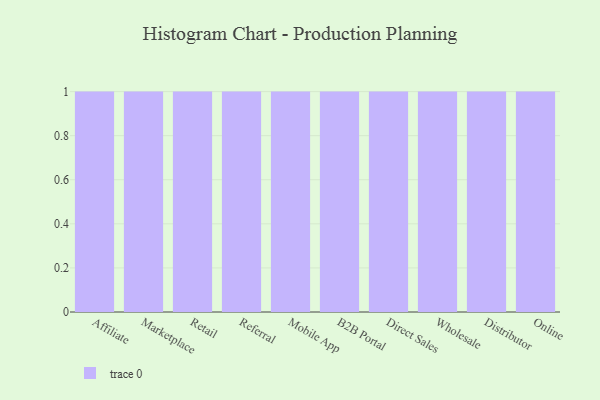
{"axis": {"x": "Channel", "y": "Satisfaction Score"}, "legend": [""], "data": [{"x": "Affiliate", "y": 96, "type": ""}, {"x": "Marketplace", "y": 26, "type": ""}, {"x": "Retail", "y": 11, "type": ""}, {"x": "Referral", "y": 68, "type": ""}, {"x": "Mobile App", "y": 16, "type": ""}, {"x": "B2B Portal", "y": 1, "type": ""}, {"x": "Direct Sales", "y": 5, "type": ""}, {"x": "Wholesale", "y": 49, "type": ""}, {"x": "Distributor", "y": 71, "type": ""}, {"x": "Online", "y": 18, "type": ""}]}